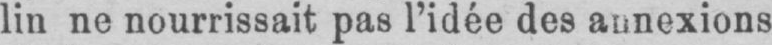
lin ne nourrissait pas l’idée des annexions